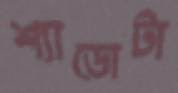
শ্যাডোটা